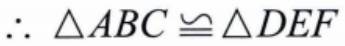
$\therefore \triangle ABC\cong \triangle DEF$